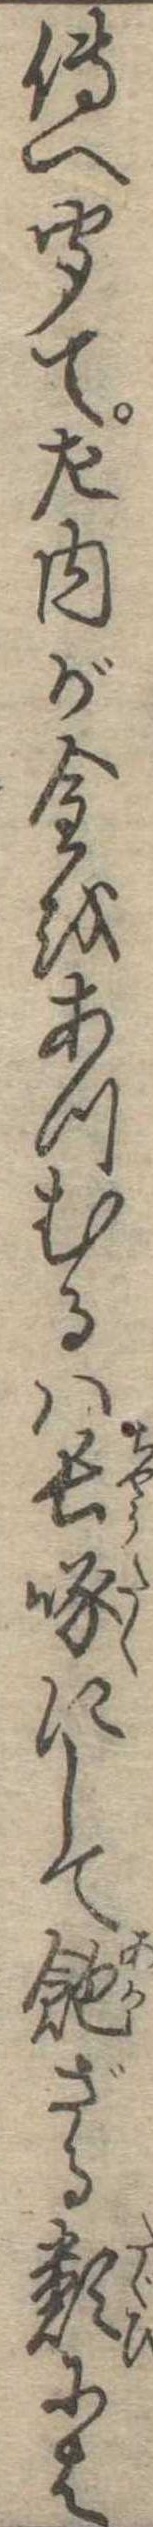
傅へ聞て左内が金をあつむるは長啄にして飽ざる類には